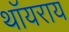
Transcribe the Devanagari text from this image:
थॉयराय